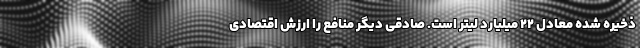
ذخیره شده معادل ۲۲ میلیارد لیتر است. صادقی دیگر منافع را ارزش اقتصادی